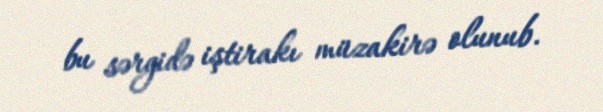
bu sərgidə iştirakı müzakirə olunub.